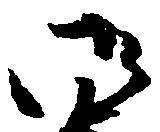
御